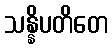
သန္နိပတိတေ